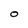
Character: O